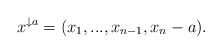
\begin{align*}x^{\downarrow a}=(x_1,...,x_{n-1},x_n-a).\end{align*}